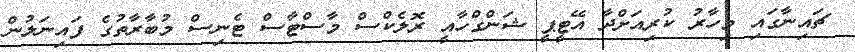
ޗައިނާގައި މިހާރު ކުރިއަށްދާ އޭޓީޕީ ޝަންގްހާއީ ރޮލެކްސް މާސްޓާސް ޓެނިސް މުބާރާތުގެ ފައިނަލުން